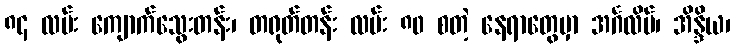
၈၄ လမ်း ကျောက်သွေးတန်း၊ တရုတ်တန်း လမ်း ၈၀ စတဲ့ နေရာတွေမှာ အင်္ဂလိပ်၊ အိန္ဒိယ၊